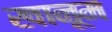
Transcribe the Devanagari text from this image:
खानूम